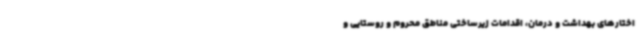
اختارهای بهداشت و درمان، اقدامات زیرساختی مناطق محروم و روستایی و